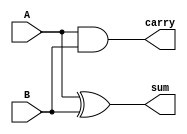
module half_adder (
    input wire A,
    input wire B,
    output wire sum,
    output wire carry
);

assign sum = A ^ B;
assign carry = A & B;

endmodule